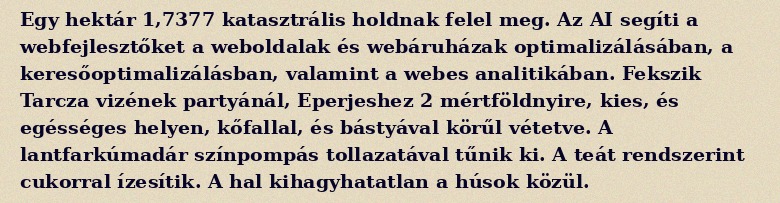
Egy hektár 1,7377 katasztrális holdnak felel meg. Az AI segíti a webfejlesztőket a weboldalak és webáruházak optimalizálásában, a keresőoptimalizálásban, valamint a webes analitikában. Fekszik Tarcza vizének partyánál, Eperjeshez 2 mértföldnyire, kies, és egésséges helyen, kőfallal, és bástyával körűl vétetve. A lantfarkúmadár színpompás tollazatával tűnik ki. A teát rendszerint cukorral ízesítik. A hal kihagyhatatlan a húsok közül.